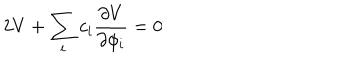
2 V + \sum _ { i } c _ { i } { \frac { \partial V } { \partial \phi _ { i } } } = 0